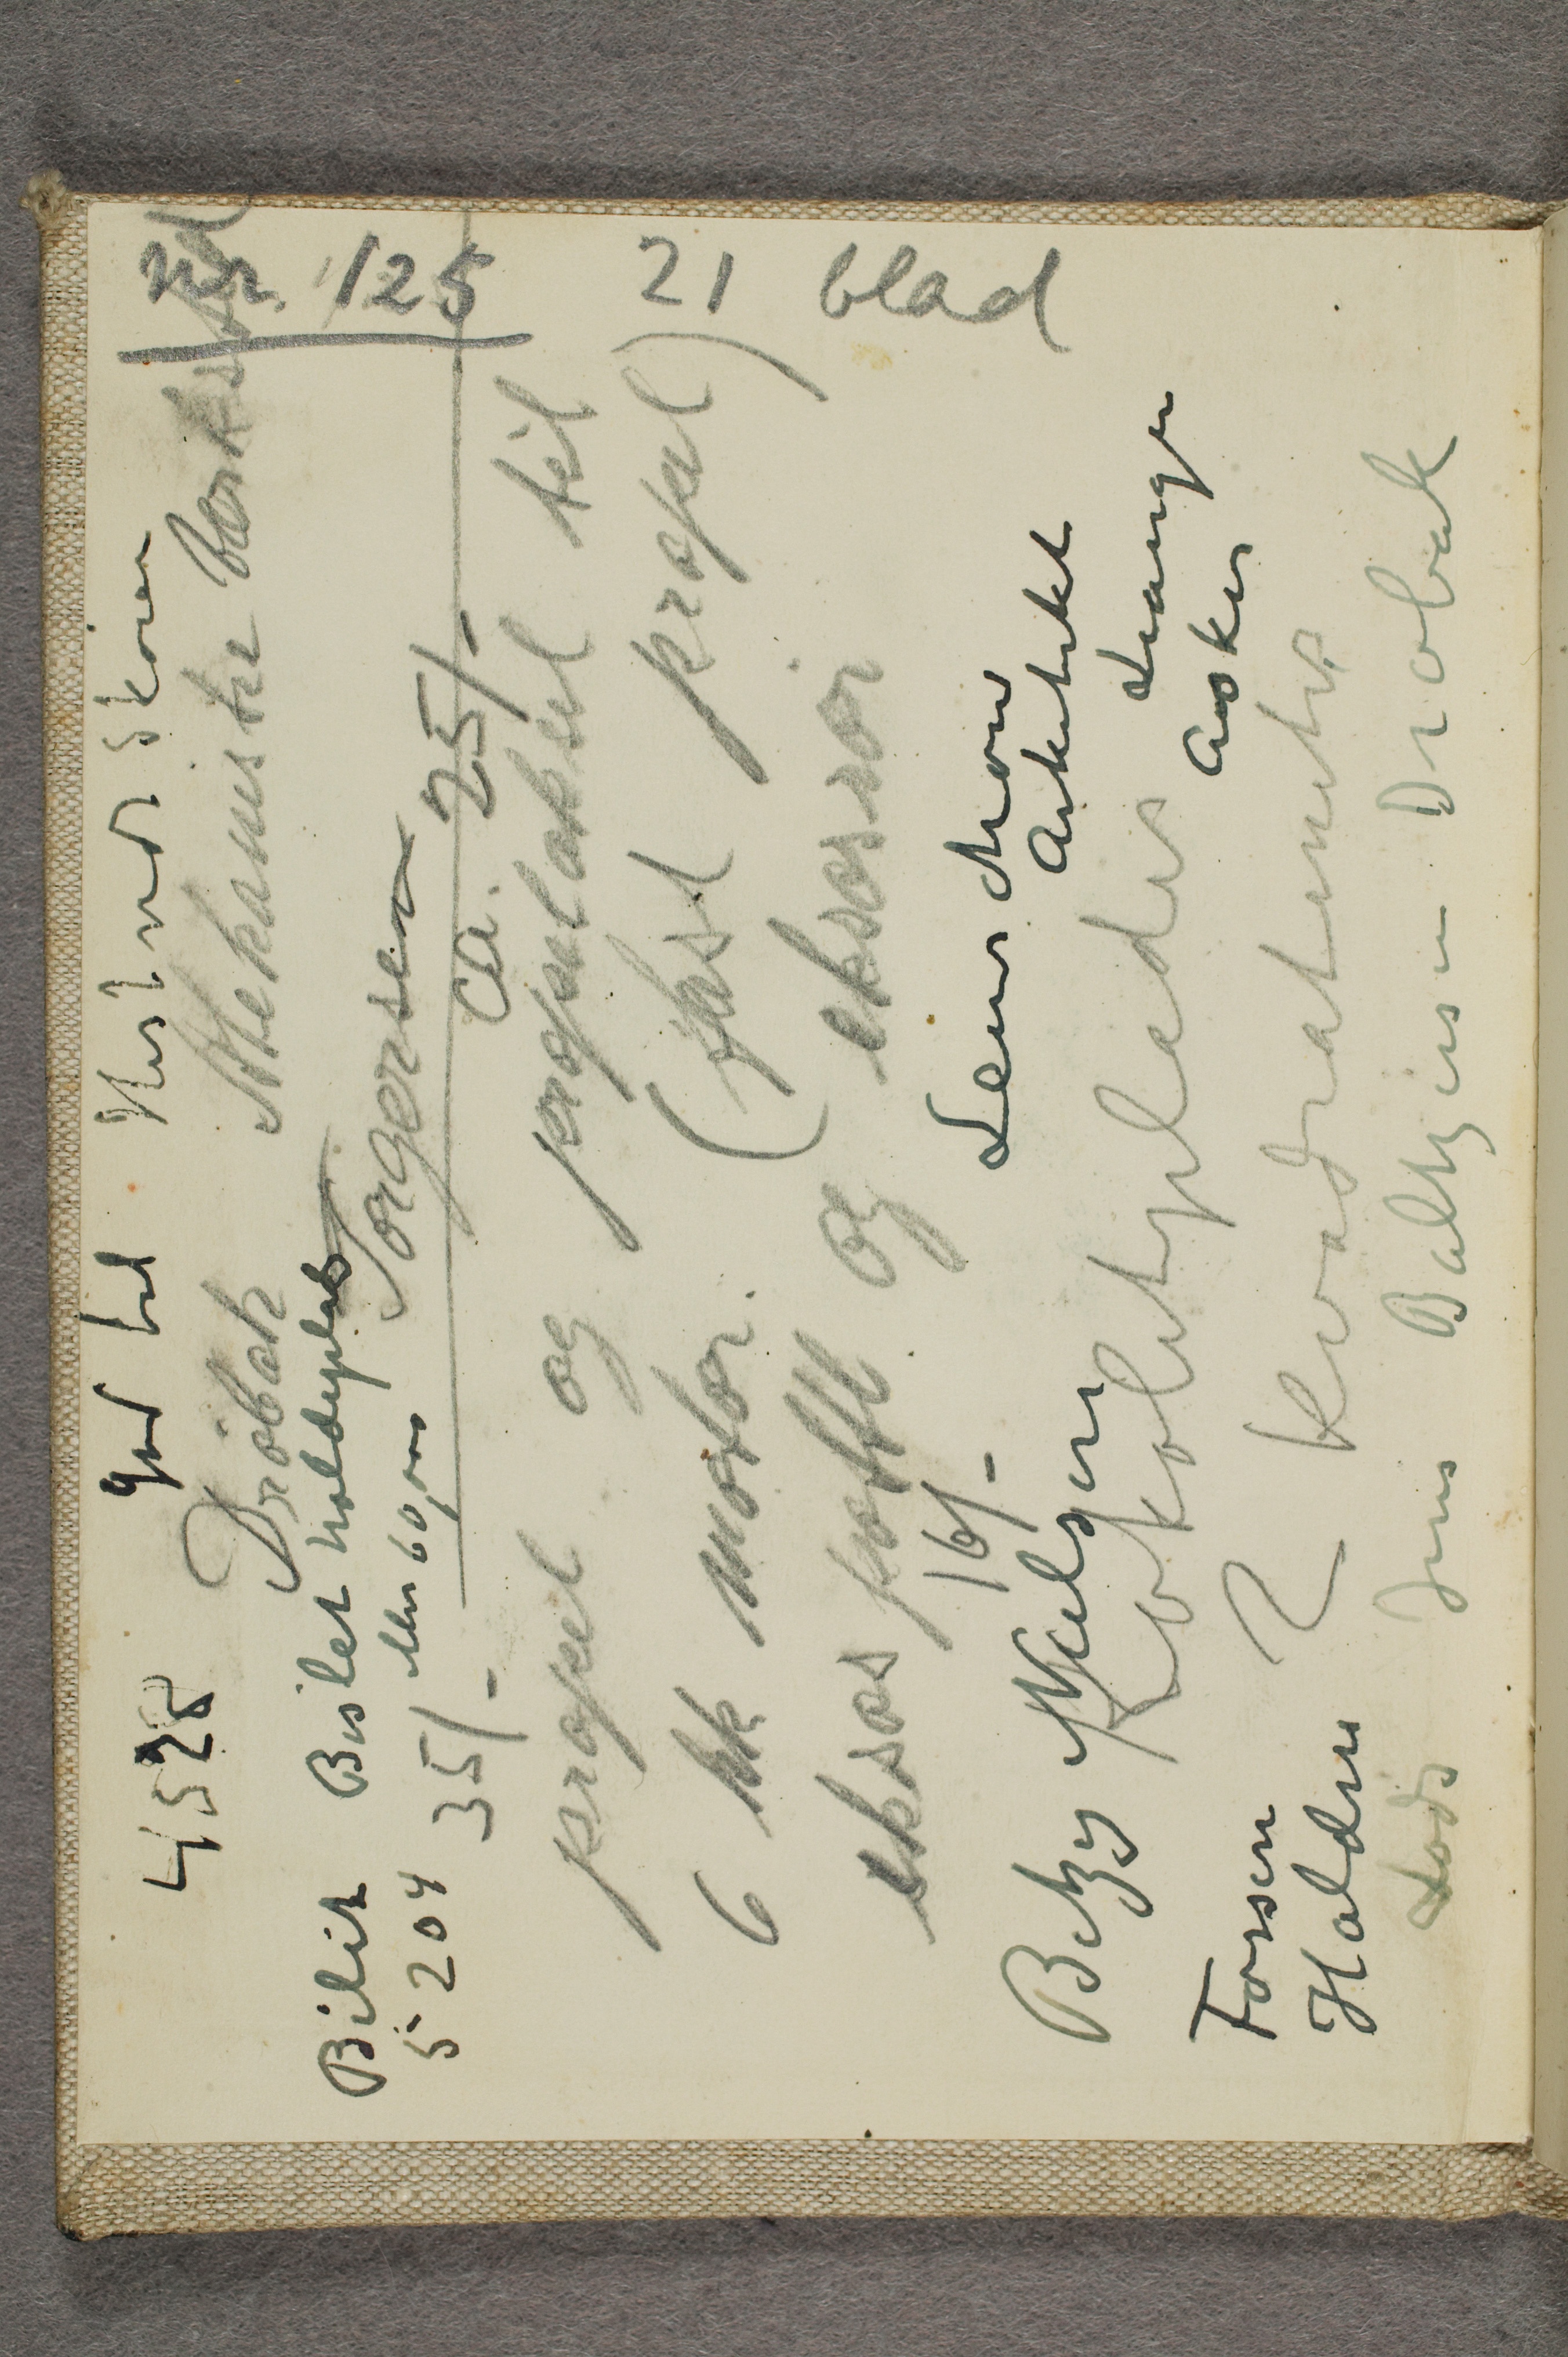
Drøbak Mekaniske Værksted

Torgersen
35/-    ca 25/-
propel og propelaksel til
6 kk motor (fast propel)
eksospotte og eksosrør

Lenschow
Arkitekt
Leangen
Asker

Kokolitplader
2 kvadratmeter
Lods Jens Baltzersen Drøbak

4528 God bil Hestvedt Skøien

Bilit Bislet holdeplads
5204 eller 60,000

Betzy Nielsen

Fossen
Halden